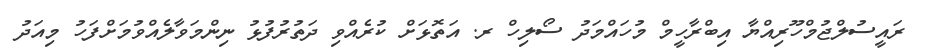
ރައީސުލްޖުމްހޫރިއްޔާ އިބްރާހީމް މުހައްމަދު ސޯލިހް ރ. އަތޮޅަށް ކުރެއްވި ދަތުރުފުޅު ނިންމަވާލެއްވުމަށްފަހު މިއަދު